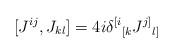
LaTeX: \begin{align*}[J^{ij}, J_{kl}] = 4i\delta^{[i}{}_{[k} J^{j]}{}_{l]}\end{align*}